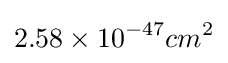
2.58\times 10^{-47}cm^{2}